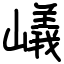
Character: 嶬